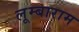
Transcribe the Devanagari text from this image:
लूम्बाराम